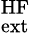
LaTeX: ^\mathrm{HF}_{\mathrm{ext}}